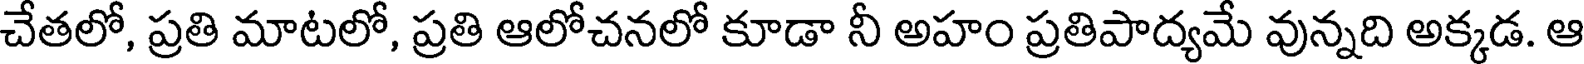
చేతలో, ప్రతి మాటలో, ప్రతి ఆలోచనలో కూడా నీ అహం ప్రతిపాద్యమే వున్నది అక్కడ. ఆ